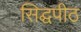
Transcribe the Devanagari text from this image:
सिद्घपीठ